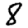
Digit: 8